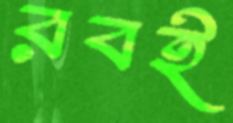
রবই